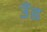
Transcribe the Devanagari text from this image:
उँड